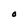
Character: O